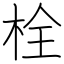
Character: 栓